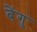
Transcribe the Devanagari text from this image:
बेंगु